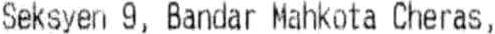
SEKSYEN 9, BANDAR MAHKOTA CHERAS,